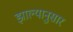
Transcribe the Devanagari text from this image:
झाल्यानुसार